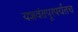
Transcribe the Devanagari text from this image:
यशवंतपूरपर्यंतच